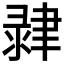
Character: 𦘞